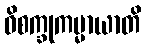
ဝိစက္ခုကမ္မာယာတိ